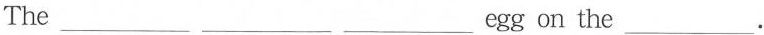
The ___ ___ ___ egg on the ___.